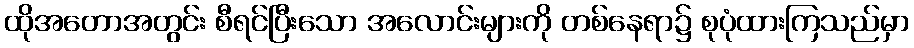
ထိုအတောအတွင်း စီရင်ပြီးသော အလောင်းများကို တစ်နေရာ၌ စုပုံထားကြသည်မှာ